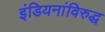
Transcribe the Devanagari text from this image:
इंडियनांविरुद्ध